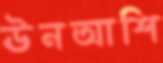
ঊনআশি